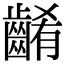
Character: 𪘱